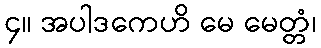
၄။ အပါဒကေဟိ မေ မေတ္တံ၊